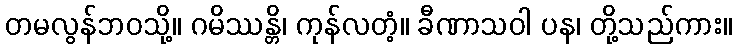
တမလွန်ဘဝသို့။ ဂမိဿန္တိ၊ ကုန်လတံ့။ ခီဏာသဝါ ပန၊ တို့သည်ကား။